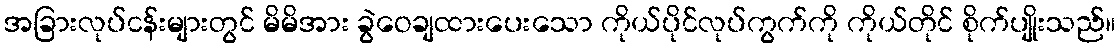
အခြားလုပ်ငန်းများတွင် မိမိအား ခွဲဝေချထားပေးသော ကိုယ်ပိုင်လုပ်ကွက်ကို ကိုယ်တိုင် စိုက်ပျိုးသည်။